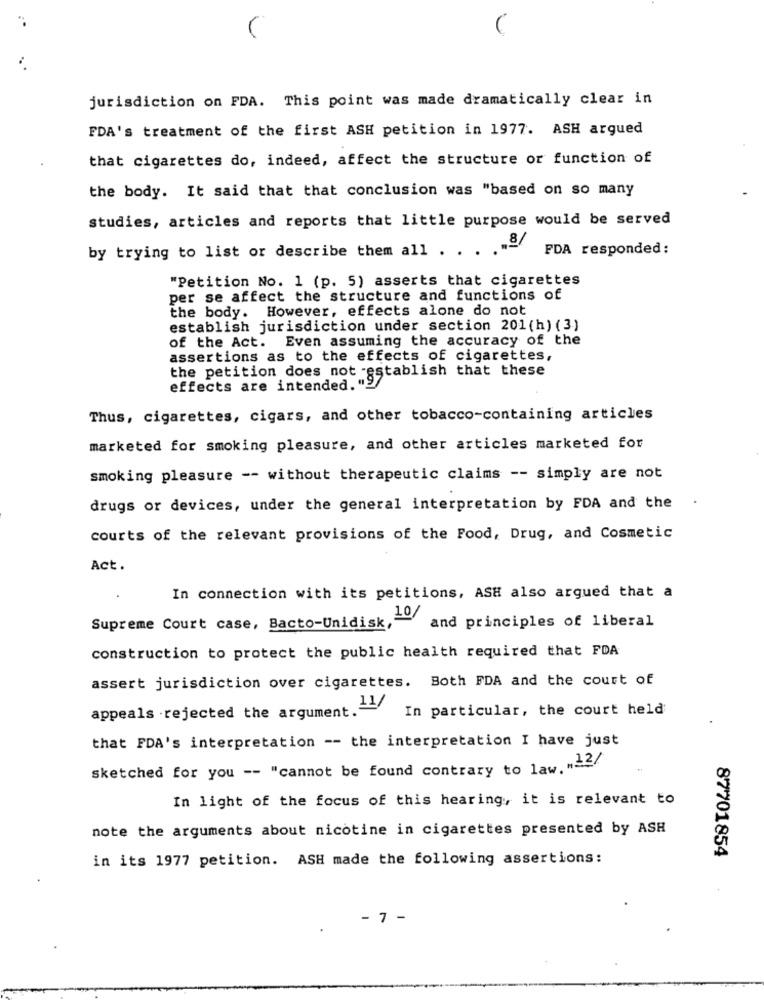
jurisdiction on FDA. This point was made dramatically clear in
FDA's treatment of the first ASH petition in 1977. ASH argued
that cigarettes do, indeed, affect the structure or function of
the body. It said that that conclusion was "based on so many
studies, articles and reports that little purpose would be served
,8/
FDA responded:
by trying to list or describe them all . .
"Petition No. 1 (p. 5) asserts that cigarettes
per se affect the structure and functions of
the body. However, effects alone do not
establish jurisdiction under section 201(h) (3)
of the Act. Even assuming the accuracy of the
assertions as to the effects of cigarettes,
the petition does not -es
effects are intended. "Stablish that these
Thus, cigarettes, cigars, and other tobacco-containing articles
marketed for smoking pleasure, and other articles marketed for
smoking pleasure -- without therapeutic claims -- simply are not
drugs or devices, under the general interpretation by FDA and the
courts of the relevant provisions of the Food, Drug, and Cosmetic
Act.
In connection with its petitions, ASH also argued that a
10/
Supreme Court case, Bacto-Unidisk,
and principles of liberal
construction to protect the public health required that FDA
assert jurisdiction over cigarettes. Both FDA and the court of
appeals .rejected the argument . 11/
In particular, the court held
that FDA's interpretation -- the interpretation I have just
sketched for you -- "cannot be found contrary to law. "12/
In light of the focus of this hearing, it is relevant to
note the arguments about nicotine in cigarettes presented by ASH
in its 1977 petition. ASH made the following assertions:
87701854
- 7 -